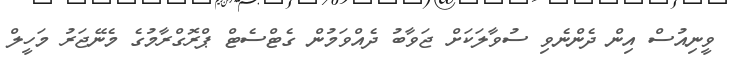
ވީނިއުސް އިން ދެންނެވި ސުވާލަކަށް ޖަވާބު ދެއްވަމުން ގެޓްސެޓް ޕްރޮގްރާމުގެ މެނޭޖަރު މަހީލް